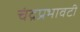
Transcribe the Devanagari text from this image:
चंद्रप्रभावटी